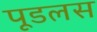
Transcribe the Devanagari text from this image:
पूडलस